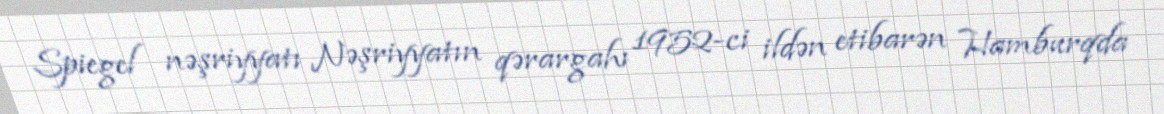
Spiegel nəşriyyatı Nəşriyyatın qərargahı 1952-ci ildən etibarən Hamburqda